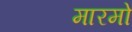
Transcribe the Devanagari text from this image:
मारमो